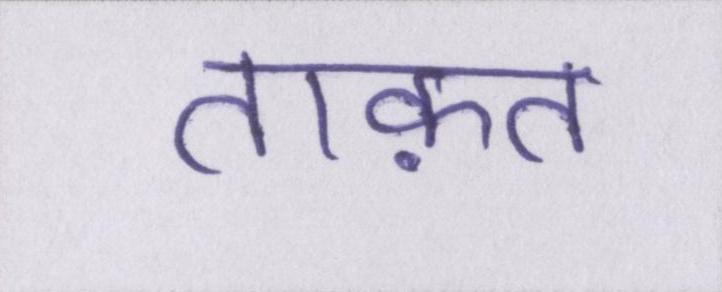
ताक़त